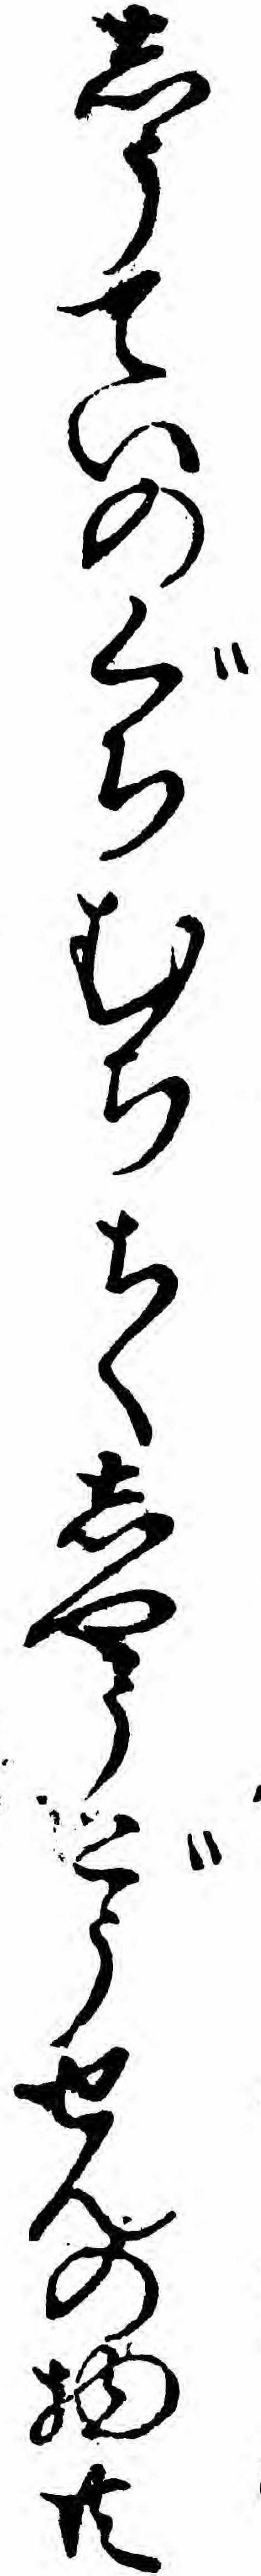
しうていのぐちむちちくしやうどうせんの物共